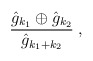
\begin{align*}\frac{\hat{g}_{k_{1}}\oplus\hat{g}_{k_{2}}}{\hat{g}_{k_{1}+k_{2}}}\:,\end{align*}